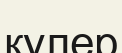
кулер